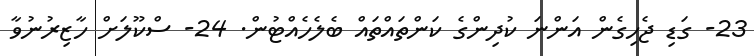
23- ގަޑި ޖެހިގެން އަންނަ ކުދިންގެ ކަންތައްތައް ބެލެހެއްޓުން. 24- ސްކޫލަށް ހާޒިރުނުވާ